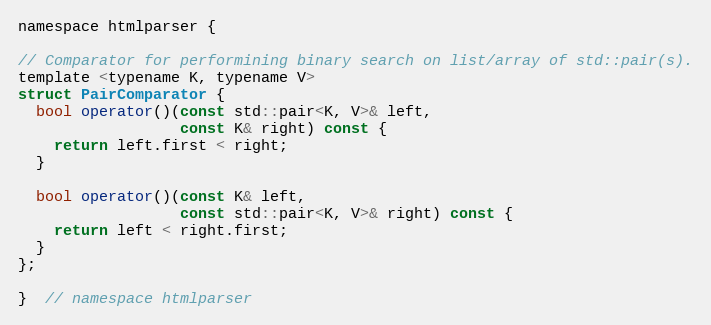
Language: C
namespace htmlparser {

// Comparator for performining binary search on list/array of std::pair(s).
template <typename K, typename V>
struct PairComparator {
  bool operator()(const std::pair<K, V>& left,
                  const K& right) const {
    return left.first < right;
  }

  bool operator()(const K& left,
                  const std::pair<K, V>& right) const {
    return left < right.first;
  }
};

}  // namespace htmlparser